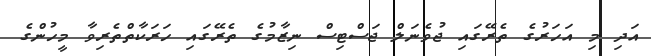
އަދި މި އަހަރުގެ ތެރޭގައި ޖުވެނަލް ޖަސްޓިސް ނިޒާމުގެ ތެރޭގައި ހަރަކާތްތެރިވާ މީހުންގެ